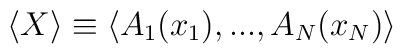
\langle X\rangle \equiv \langle A_{1}(x_{1}),...,A_{N}(x_{N})\rangle